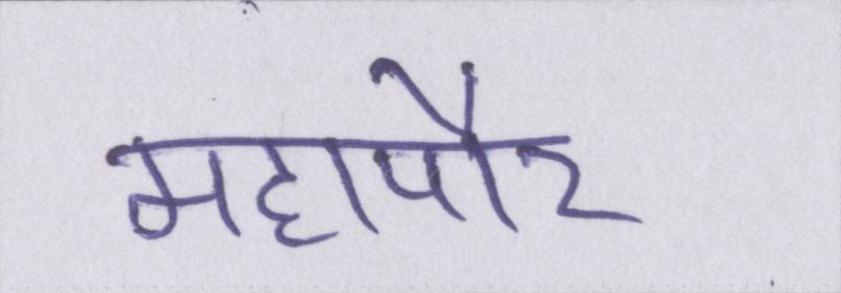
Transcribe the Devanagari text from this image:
महापौर